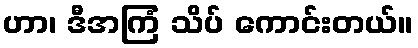
ဟာ၊ ဒီအကြံ သိပ် ကောင်းတယ်။